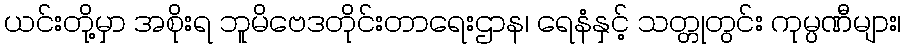
ယင်းတို့မှာ အစိုးရ ဘူမိဗေဒတိုင်းတာရေးဌာန၊ ရေနံနှင့် သတ္တုတွင်း ကုမ္ပဏီများ၊